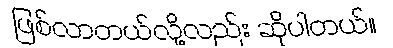
ဖြစ်လာတယ်လို့လည်း ဆိုပါတယ်။